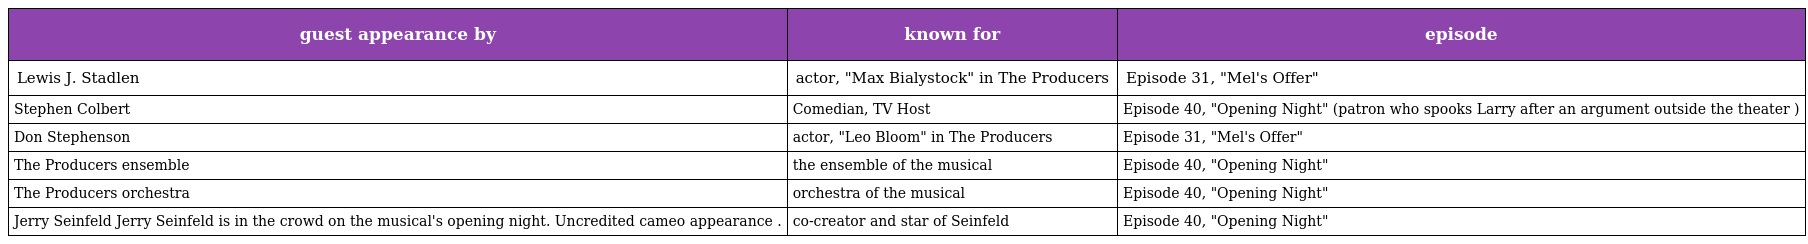
| guest appearance by | known for | episode |
 | --- | --- | --- |
 | Lewis J. Stadlen | actor, "Max Bialystock" in The Producers | Episode 31, "Mel's Offer" |
 | Stephen Colbert | Comedian, TV Host | Episode 40, "Opening Night" (patron who spooks Larry after an argument outside the theater ) |
 | Don Stephenson | actor, "Leo Bloom" in The Producers | Episode 31, "Mel's Offer" |
 | The Producers ensemble | the ensemble of the musical | Episode 40, "Opening Night" |
 | The Producers orchestra | orchestra of the musical | Episode 40, "Opening Night" |
 | Jerry Seinfeld Jerry Seinfeld is in the crowd on the musical's opening night. Uncredited cameo appearance . | co-creator and star of Seinfeld | Episode 40, "Opening Night" |